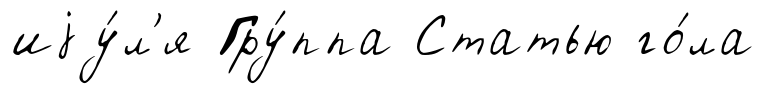
иjу́л'я Гру́ппа Статью го́ла